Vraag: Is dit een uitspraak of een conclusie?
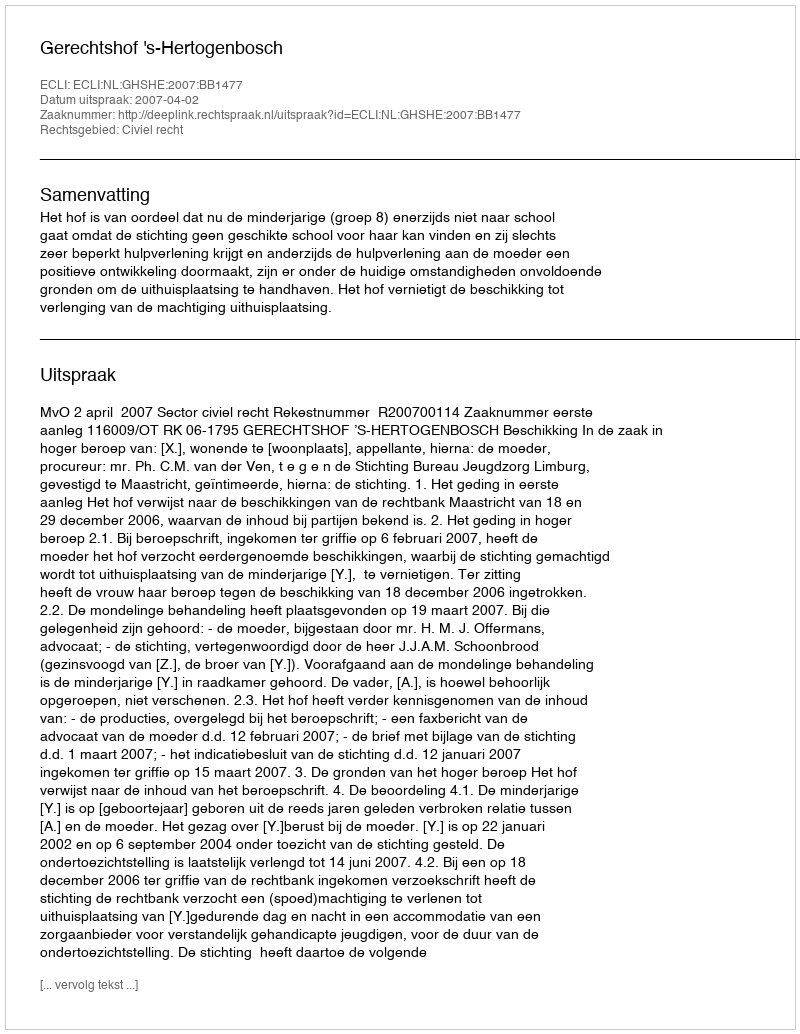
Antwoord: Uitspraak